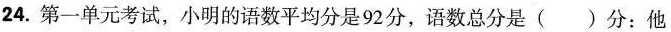
24. 第一单元考试，小明的语数平均分是92分，语数总分是（）分；他